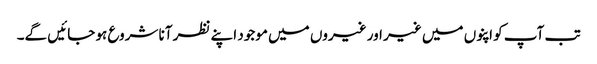
تب آپ کو اپنوں میں غیر اور غیروں میں موجود اپنے نظر آنا شروع ہو جائیں گے۔